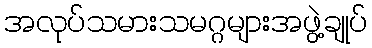
အလုပ်သမားသမဂ္ဂများအဖွဲ့ချုပ်